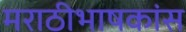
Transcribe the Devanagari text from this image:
मराठीभाषकांस